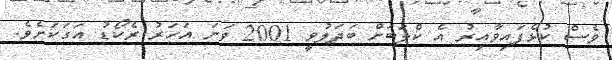
ވެސް ކުޅެފައިވާއިރު އެ ކްލަބަށް ބަދަލުވީ 2001 ވަނަ އަހަރު ރެކޯޑު އަގަކަށެވެ.